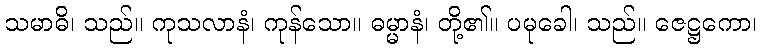
သမာဓိ၊ သည်။ ကုသလာနံ၊ ကုန်သော။ ဓမ္မာနံ၊ တို့၏။ ပမုခေါ၊ သည်။ ဇေဋ္ဌကော၊